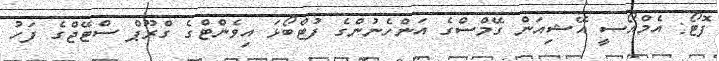
ފޮޓޯ: އެމްއޯސީ އޭޝިއަން ގޭމްސްގެ އަންހެނުންގެ ފުޓްބޯޅަ އިވެންޓްގެ ގްރޫޕް ސްޓޭޖްގެ ފަހު